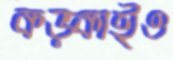
কড়্‌কাইও